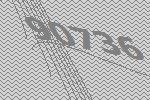
90736